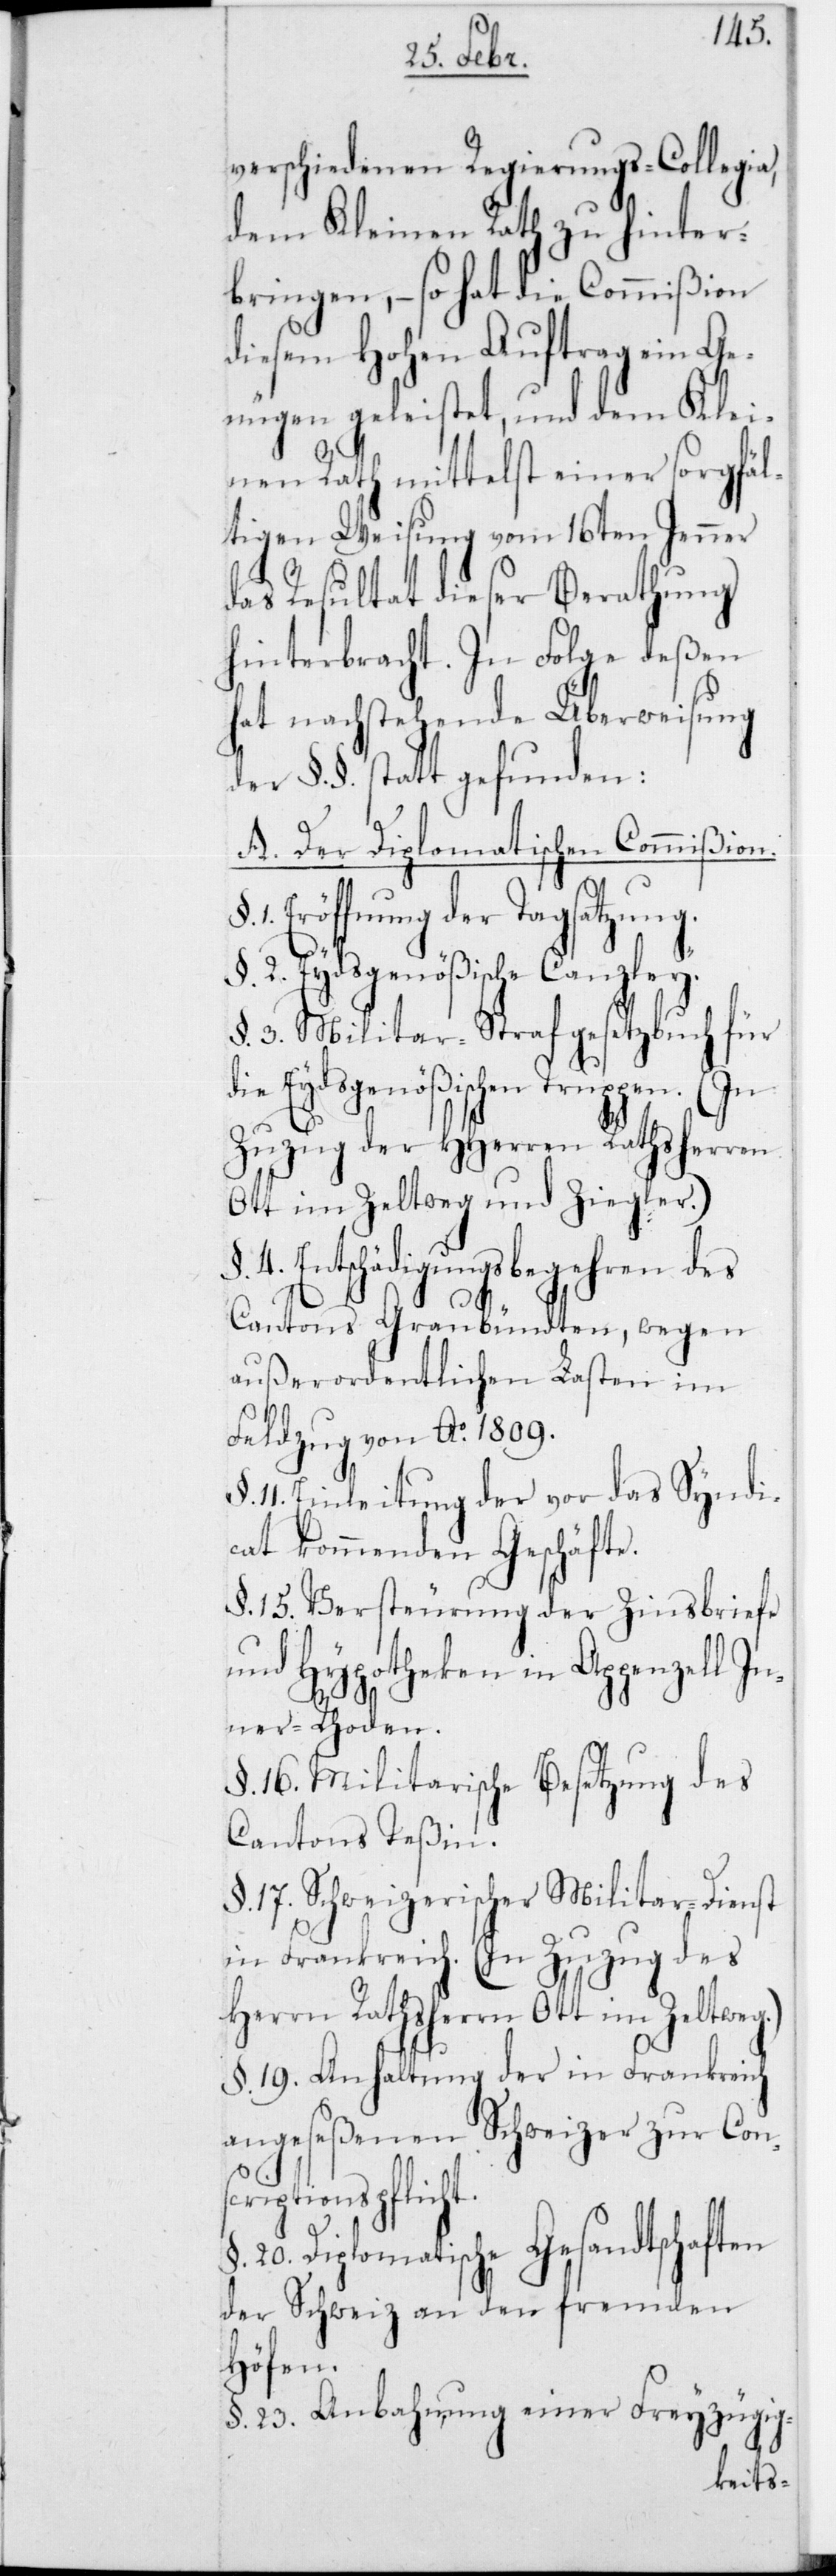
verschiedenen Regierungs-Collegia,
dem Kleinen Rath zu hinter¬
bringen, – so hat die Commißion
diesem Hohen Auftrag ein Ge¬
nügen geleistet, und dem Klei¬
nen Rath mittelst einer sorgfäl¬
tigen Weisung vom 16ten Jenner
das Resultat dieser Berathung
hinterbracht. In Folge deßen
hat nachstehende Überweisung
der §§ stattgefunden:
A. Der Diplomatischen Commißion.
1. Eröffnung der Tagsatzung.
2. Eydsgenößische Canzley.
§ 3. Militar-Strafgesetzbuch für
die Eydsgenößischen Truppen. (In
Zuzug des HHerren Ratsherren
Ott im Zeltweg und Ziegler).
4. Entschädigungsbegehren des
Cantons Graubündten, wegen
außerordentlichen Lasten im
Feldzug von Ao 1809.
11. Einleitung der vor das Syndi¬
cat kommenden Geschäfte.
§ 15. Versteurung der Zinsbriefe
und Hypotheken in Appenzell I¬
nner-Rhoden.
§ 16. Militarische Besetzung des
Cantons Teßin.
§ 17. Schweizerischer Militar-Dienst
in Frankreich. (In Zuzug des
Herrn Rathsherrn Ott im Zeltweg).
§ 19. Anhaltung der in Frankreich
angeseßenen Schweizer zur Cons¬
criptionspflicht.
20. Diplomatische Gesandtschaften
der Schweiz an den fremden
Höfen.
§ 23. Anbahnung einer Freyzügig-